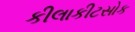
કીલાકીટસોક